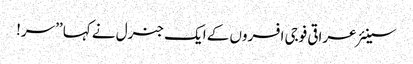
سینئر عراقی فوجی افسروں کے ایک جنرل نے کہا ’’سر!